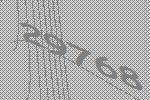
29768